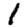
Digit: 1